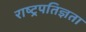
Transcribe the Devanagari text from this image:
राष्ट्रपतिज्ञता